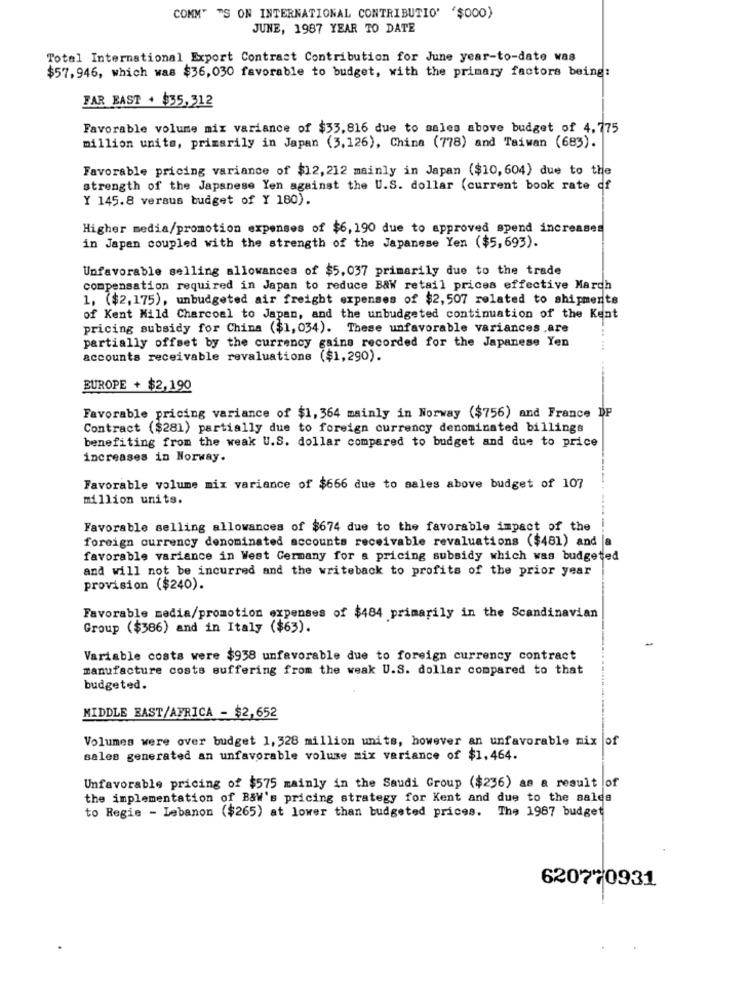
COMM" "S ON INTERNATIONAL CONTRIBUTIO' '$000)
JUNE, 1987 YEAR TO DATE
Total International Export Contract Contribution for June year-to-date was
$57,946, which was $36,030 favorable to budget, with the primary factors being:
FAR EAST + $35,312
Favorable volume mix variance of $53,816 due to sales above budget of 4,775
million units, primarily in Japan (3,126), China (778) and Taiwan (683).
Favorable pricing variance of $12, 212 mainly in Japan ($10, 604) due to the
strength of the Japanese Yen against the U.S. dollar (current book rate of
Y 145.8 versus budget of Y 180).
Higher media/promotion expenses of $6, 190 due to approved spend increase
in Japan coupled with the strength of the Japanese Yen ($5,693).
Unfavorable selling allowances of $5,037 primarily due to the trade
compensation required in Japan to reduce B&W retail prices effective March
1, ($2,175), unbudgeted air freight expenses of $2,507 related to shipments
of Kent Mild Charcoal to Japan, and the unbudgeted continuation of the Kent
pricing subsidy for China ($1, 034). These unfavorable variances .are
partially offset by the currency gains recorded for the Japanese Yen
accounts receivable revaluatione ($1,290).
BUROPE + $2,190
Favorable pricing variance of $1, 364 mainly in Norway ($756) and France DP
Contract ($281) partially due to foreign currency denominated billings
benefiting from the weak U.S. dollar compared to budget and due to price
increases in Norway.
Favorable volume mix variance of $666 due to sales above budget of 107
million units.
Favorable selling allowances of $674 due to the favorable impact of the
foreign currency denominated accounts receivable revaluations ($481) and |a
favorable variance in West Germany for a pricing subsidy which was budgeted
and will not be incurred and the writeback to profits of the prior year
provision ($240).
Favorable media/promotion expenses of $484 primarily in the Scandinavian
Group ($386) and in Italy ($63).
Variable costs were $938 unfavorable due to foreign currency contract
manufacture costs suffering from the weak U.S. dollar compared to that
budgeted.
MIDDLE EAST/AFRICA - $2,652
Volumes were over budget 1, 328 million units, however an unfavorable mix o
sales generated an unfavorable volume mix variance of $1,464.
Unfavorable pricing of $575 mainly in the Saudi Group ($236) as a result of
the implementation of B&W's pricing strategy for Kent and due to the sales
to Regie - Lebanon ($265) at lower than budgeted prices. The 1987 budget
620770931